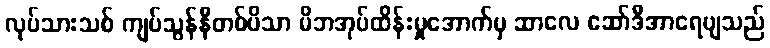
လုပ်သားသစ် ကျပ်သွန်နီတစ်ပိသာ မိဘအုပ်ထိန်းမှုအောက်မှ ဆာလေ ဆော်ဒီအာရေဗျသည်